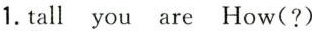
1.tall you are How(?)